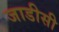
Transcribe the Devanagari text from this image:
जाडीसी